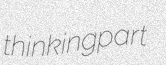
thinkingpart